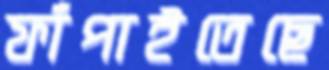
ফাঁপাইতেছে